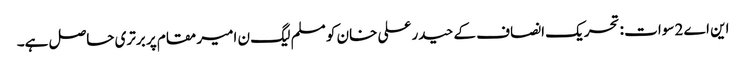
این اے 2 سوات : تحریک انصاف کے حیدر علی خان کو مسلم لیگ ن امیر مقام پر برتری حاصل ہے۔